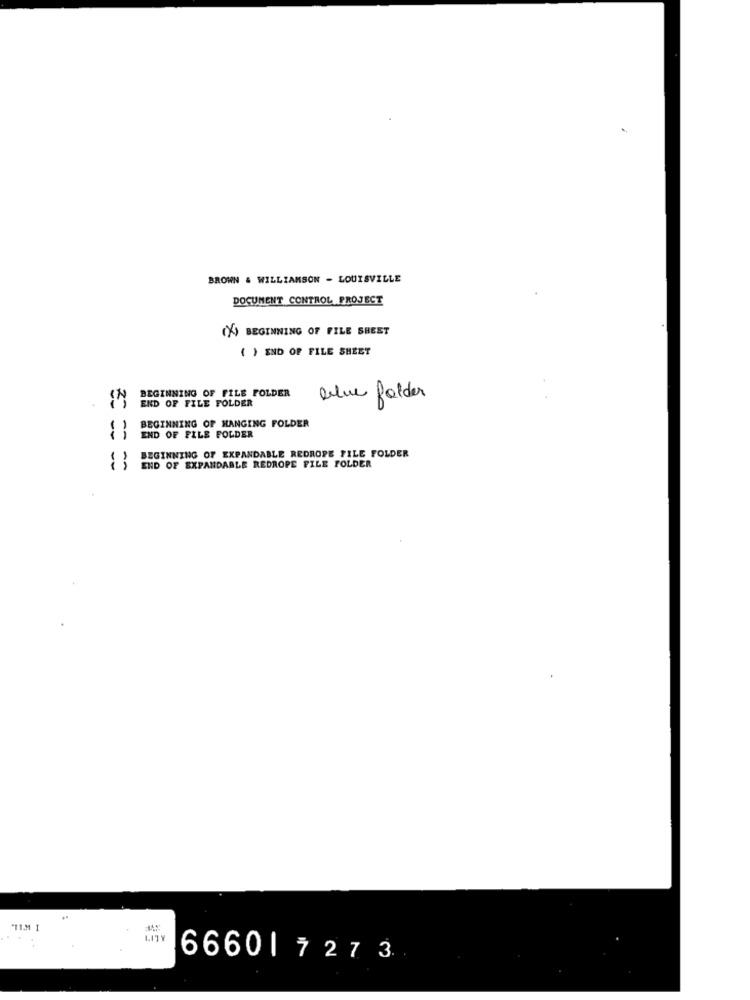
BROWN & WILLIAMSON - LOUISVILLE
DOCUMENT CONTROL PROJECT
(X) BEGINNING OF FILE SHEET
( ) END OF FILE SHEET
BEGINNING OF FILE FOLDER
END OF FILE FOLDER
blue folder
BEGINNING OF HANGING FOLDER
-
END OF FILE FOLDER
BEGINNING OF EXPANDABLE REDROPE FILE FOLDER
END OF EXPANDABLE REDROPE FILE FOLDER
"TI.M 1
6660| 7273